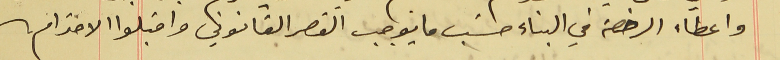
واعطاء الرخصة في البناء حسَب ما يوجب القصر القانوني واقبلوا الاحترام.